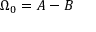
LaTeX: \Omega _ { 0 } = A - B